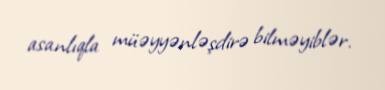
asanlıqla müəyyənləşdirə bilməyiblər.